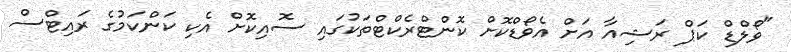
"ވޯލްޑް ކަޕް ރަޝިއާ އަށް އެވޯޑްކޮށް ކޮންޓްރެކްޓްތަކުގައި ސޮއިކޮށް އެކި ކަންކަމުގެ ރައިޓްސް